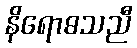
နိရောဓသညီ